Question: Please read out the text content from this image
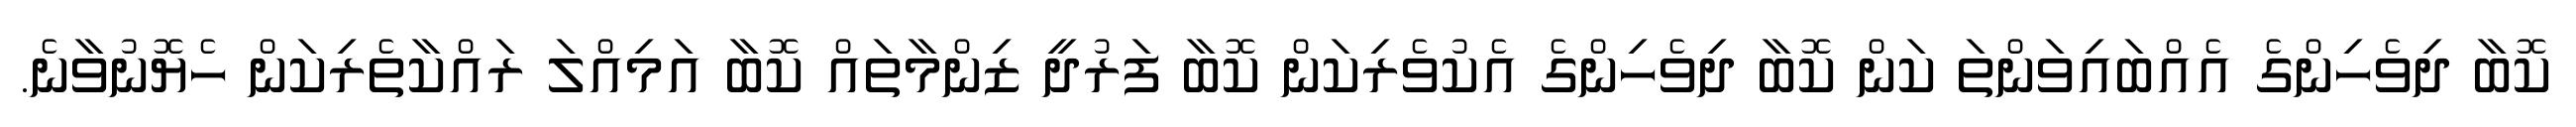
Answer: ކޮބާ ދިވެހިންގެ އެއްބައިވަންތަ ކަން ކޮބާ ދިވެހިންގެ އެކުވެރިކަން ކޮބާ ފަރުދީ ޒިންމާތައް ކޮބާ އަމިއްލަ ރައްކާތެރިކަން ހެޔޮނުވާނެ.